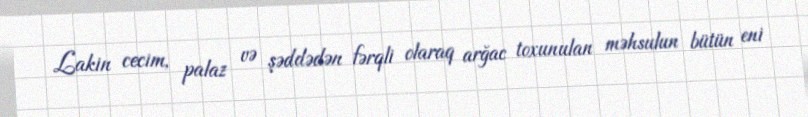
Lakin cecim, palaz və şəddədən fərqli olaraq arğac toxunulan məhsulun bütün eni